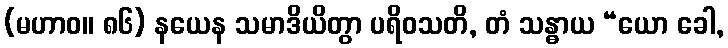
(မဟာဝ။ ၈၆) နယေန သမာဒိယိတွာ ပရိဝသတိ, တံ သန္ဓာယ “ယော ခေါ,